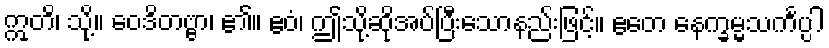
ဣတိ၊ သို့။ ဝေဒိတဗ္ဗာ၊ ၏။ ဧဝံ၊ ဤသို့ဆိုအပ်ပြီးသောနည်းဖြင့်။ ဧတေ နေက္ခမ္မသင်္ကပ္ပါ